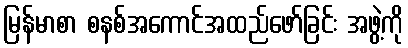
မြန်မာစာ စနစ်အကောင်အထည်ဖော်ခြင်း အဖွဲ့ကို